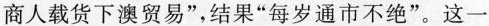
商人载货下澳贸易”，结果“每岁通市不绝”。这一